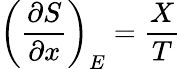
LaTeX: \left({\frac{\partial S}{\partial x}}\right)_{E}={\frac{X}{T}}